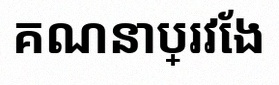
គណនាប្រវែង